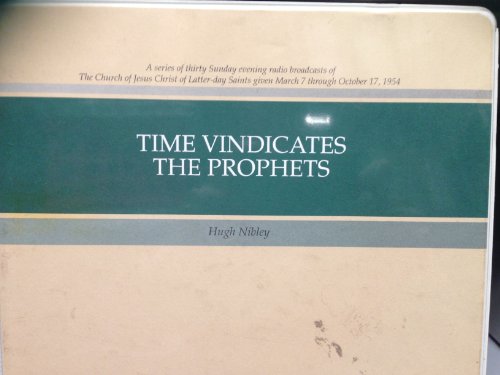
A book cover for Time Vindicates the Prophets; Hugh Nibley; Humor & Entertainment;